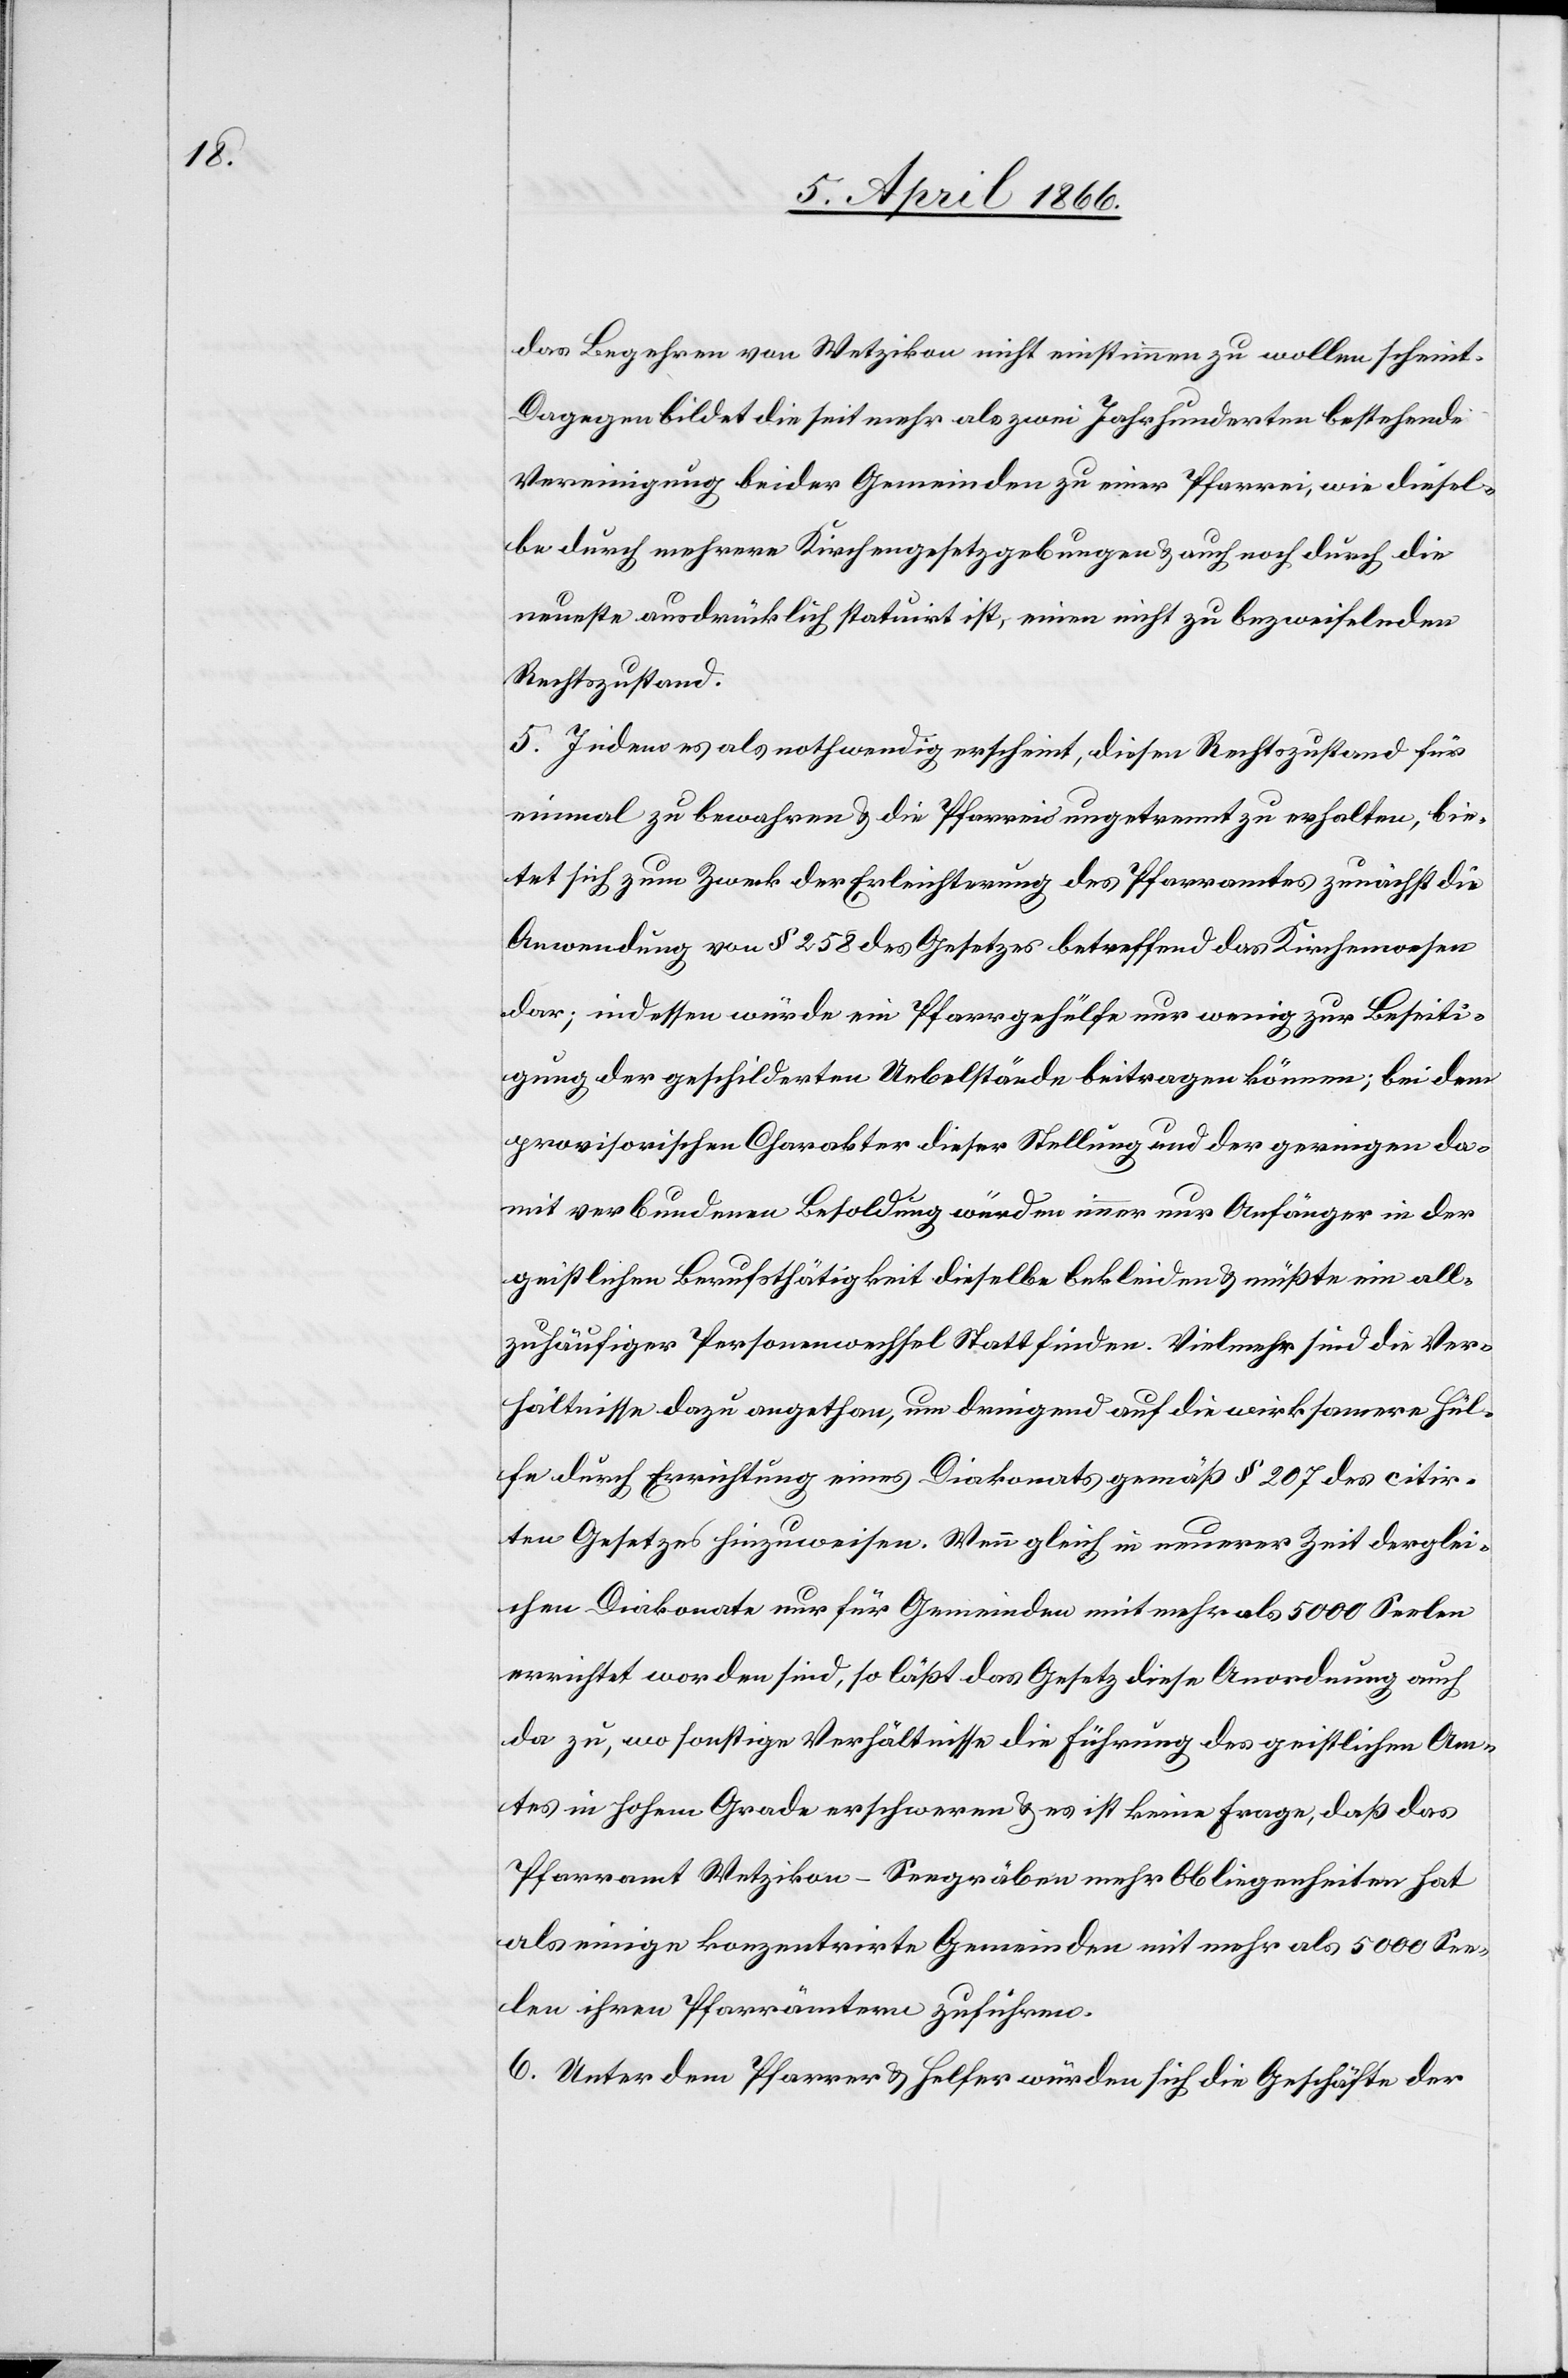
das Begehren von Wetzikon nicht einstimmen zu wollen scheint.
Dagegen bildet die seit mehr als zwei Jahrhunderten bestehende
Vereinigung beider Gemeinden zu einer Pfarrei, wie diesel¬
be durch mehrere Kirchengesetzgebungen u. auch noch durch die
neuste ausdrücklich statuirt ist, einen nicht zu bezweifelnden
Rechtszustand.
5. Indem es als nothwendig erscheint, diesen Rechtszustand für
einmal zu bewahren u. die Pfarrei ungetrennt zu erhalten, bie¬
tet sich zum Zweck der Erleichterung des Pfarramtes zunächst die
Anwendung von § 258 des Gesetzes betreffend das Kirchenwesen
dar; indessen würde ein Pfarrgehülfe nur wenig zur Beseiti¬
gung der geschilderten Uebelstände beitragen können; bei dem
provisorischen Charakter dieser Stellung und der geringen da¬
mit verbundenen Besoldung würden immer nur Anfänger in der
geistlichen Berufsthätigkeit dieselbe bekleiden u. müßte ein all¬
zuhäufiger Personenwechsel Statt finden. Vielmehr sind die Ver¬
hältnisse dazu angethan, um dringend auf die wirksamere Hül¬
fe durch Errichtung eines Diakonats gemäß § 207 des citir¬
ten Gesetzes hinzuweisen. Wenn gleich in neuerer Zeit derglei¬
chen Diakonate nur für Gemeinden mit mehr als 5000 Seelen
errichtet worden sind, so läßt das Gesetz die Anordnung auch
da zu, wo sonstige Verhältnisse die Führung des geistlichen Am¬
tes in hohem Grade erschweren u. es ist keine Frage, daß das
Pfarramt Wetzikon-Seegräben mehr Obliegenheiten hat
als einige konzentrirte Gemeinden mit mehr als 5000 See¬
len ihren Pfarrämtern zuführen.
6. Unter dem Pfarrer u. Helfer würden sich die Geschäfte der